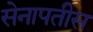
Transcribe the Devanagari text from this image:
सेनापतीस